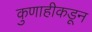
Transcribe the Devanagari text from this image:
कुणाहीकडून